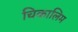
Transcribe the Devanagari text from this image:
चिकालिम